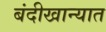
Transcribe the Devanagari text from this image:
बंदीखान्यात